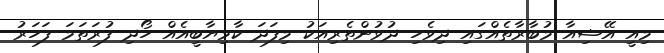
މިއީ އޭޝިއާ މުބާރާތެއްގައި ދިވެހި ދުވުންތެރިއަކު މިފަދަ ކާމިޔާބީއެއް ހޯދި ފުރަތަމަ ފަހަރު